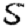
Digit: 5